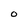
Character: O